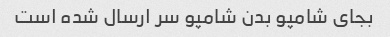
بجای شامپو بدن شامپو سر ارسال شده است